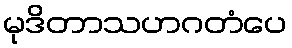
မုဒိတာသဟဂတံပေ